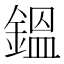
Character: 鎾